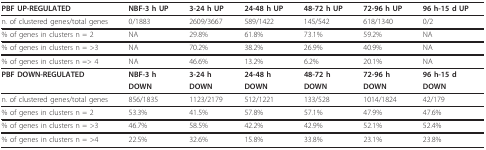
<table><thead><tr><td><b>PBF UP-REGULATED</b></td><td><b>NBF-3 h UP</b></td><td><b>3-24 h UP</b></td><td><b>24-48 h UP</b></td><td><b>48-72 h UP</b></td><td><b>72-96 h UP</b></td><td><b>96 h-15 d UP</b></td></tr></thead><tbody><tr><td>n. of clustered genes/total genes</td><td>0/1883</td><td>2609/3667</td><td>589/1422</td><td>145/542</td><td>618/1340</td><td>0/2</td></tr><tr><td>% of genes in clusters n = 2</td><td>NA</td><td>29.8%</td><td>61.8%</td><td>73.1%</td><td>59.2%</td><td>NA</td></tr><tr><td>% of genes in clusters n = &gt;3</td><td>NA</td><td>70.2%</td><td>38.2%</td><td>26.9%</td><td>40.9%</td><td>NA</td></tr><tr><td>% of genes in clusters n =&gt; 4</td><td>NA</td><td>46.6%</td><td>13.2%</td><td>6.2%</td><td>20.1%</td><td>NA</td></tr><tr><td><b>PBF DOWN-REGULATED</b></td><td><b>NBF-3 h</b></td><td><b>3-24 h</b></td><td><b>24-48 h</b></td><td><b>48-72 h</b></td><td><b>72-96 h</b></td><td><b>96 h-15 d</b></td></tr><tr><td></td><td><b>DOWN</b></td><td><b>DOWN</b></td><td><b>DOWN</b></td><td><b>DOWN</b></td><td><b>DOWN</b></td><td><b>DOWN</b></td></tr><tr><td>n. of clustered genes/total genes</td><td>856/1835</td><td>1123/2179</td><td>512/1221</td><td>133/528</td><td>1014/1824</td><td>42/179</td></tr><tr><td>% of genes in clusters n = 2</td><td>53.3%</td><td>41.5%</td><td>57.8%</td><td>57.1%</td><td>47.9%</td><td>47.6%</td></tr><tr><td>% of genes in clusters n = &gt;3</td><td>46.7%</td><td>58.5%</td><td>42.2%</td><td>42.9%</td><td>52.1%</td><td>52.4%</td></tr><tr><td>% of genes in clusters n = &gt;4</td><td>22.5%</td><td>32.6%</td><td>15.8%</td><td>33.8%</td><td>23.1%</td><td>23.8%</td></tr></tbody></table>